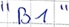
Text: "B1"